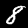
Label: 8